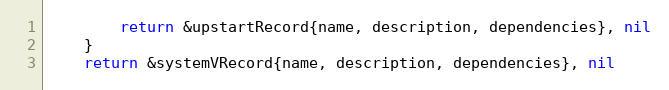
Language: Go
		return &upstartRecord{name, description, dependencies}, nil
	}
	return &systemVRecord{name, description, dependencies}, nil